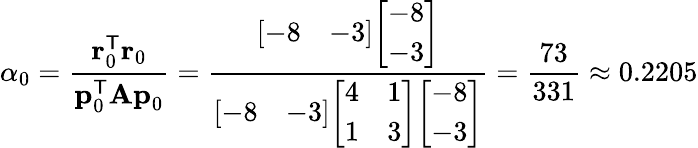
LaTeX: \alpha_{0}={\frac{\mathbf{r}_{0}^{\mathsf{T}}\mathbf{r}_{0}}{\mathbf{p}_{0}^{\mathsf{T}}\mathbf{Ap}_{0}}}={\frac{{\left[\begin{array}{ll}{-8}&{-3}\end{array}\right]}{\left[\begin{array}{l}{-8}\\ {-3}\end{array}\right]}}{{\left[\begin{array}{ll}{-8}&{-3}\end{array}\right]}{\left[\begin{array}{ll}{4}&{1}\\ {1}&{3}\end{array}\right]}{\left[\begin{array}{l}{-8}\\ {-3}\end{array}\right]}}}={\frac{73}{331}}\approx 0.2205